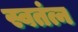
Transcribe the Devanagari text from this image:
स्वतंत्न